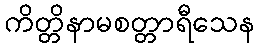
ကိတ္တိနာမစတ္တာရီသေန